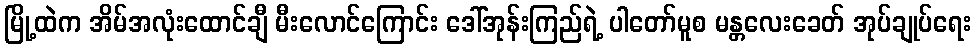
မြို့ထဲက အိမ်အလုံးထောင်ချီ မီးလောင်ကြောင်း ဒေါ်အုန်းကြည်ရဲ့ ပါတော်မူစ မန္တလေးခေတ် အုပ်ချုပ်ရေး